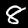
Digit: 8